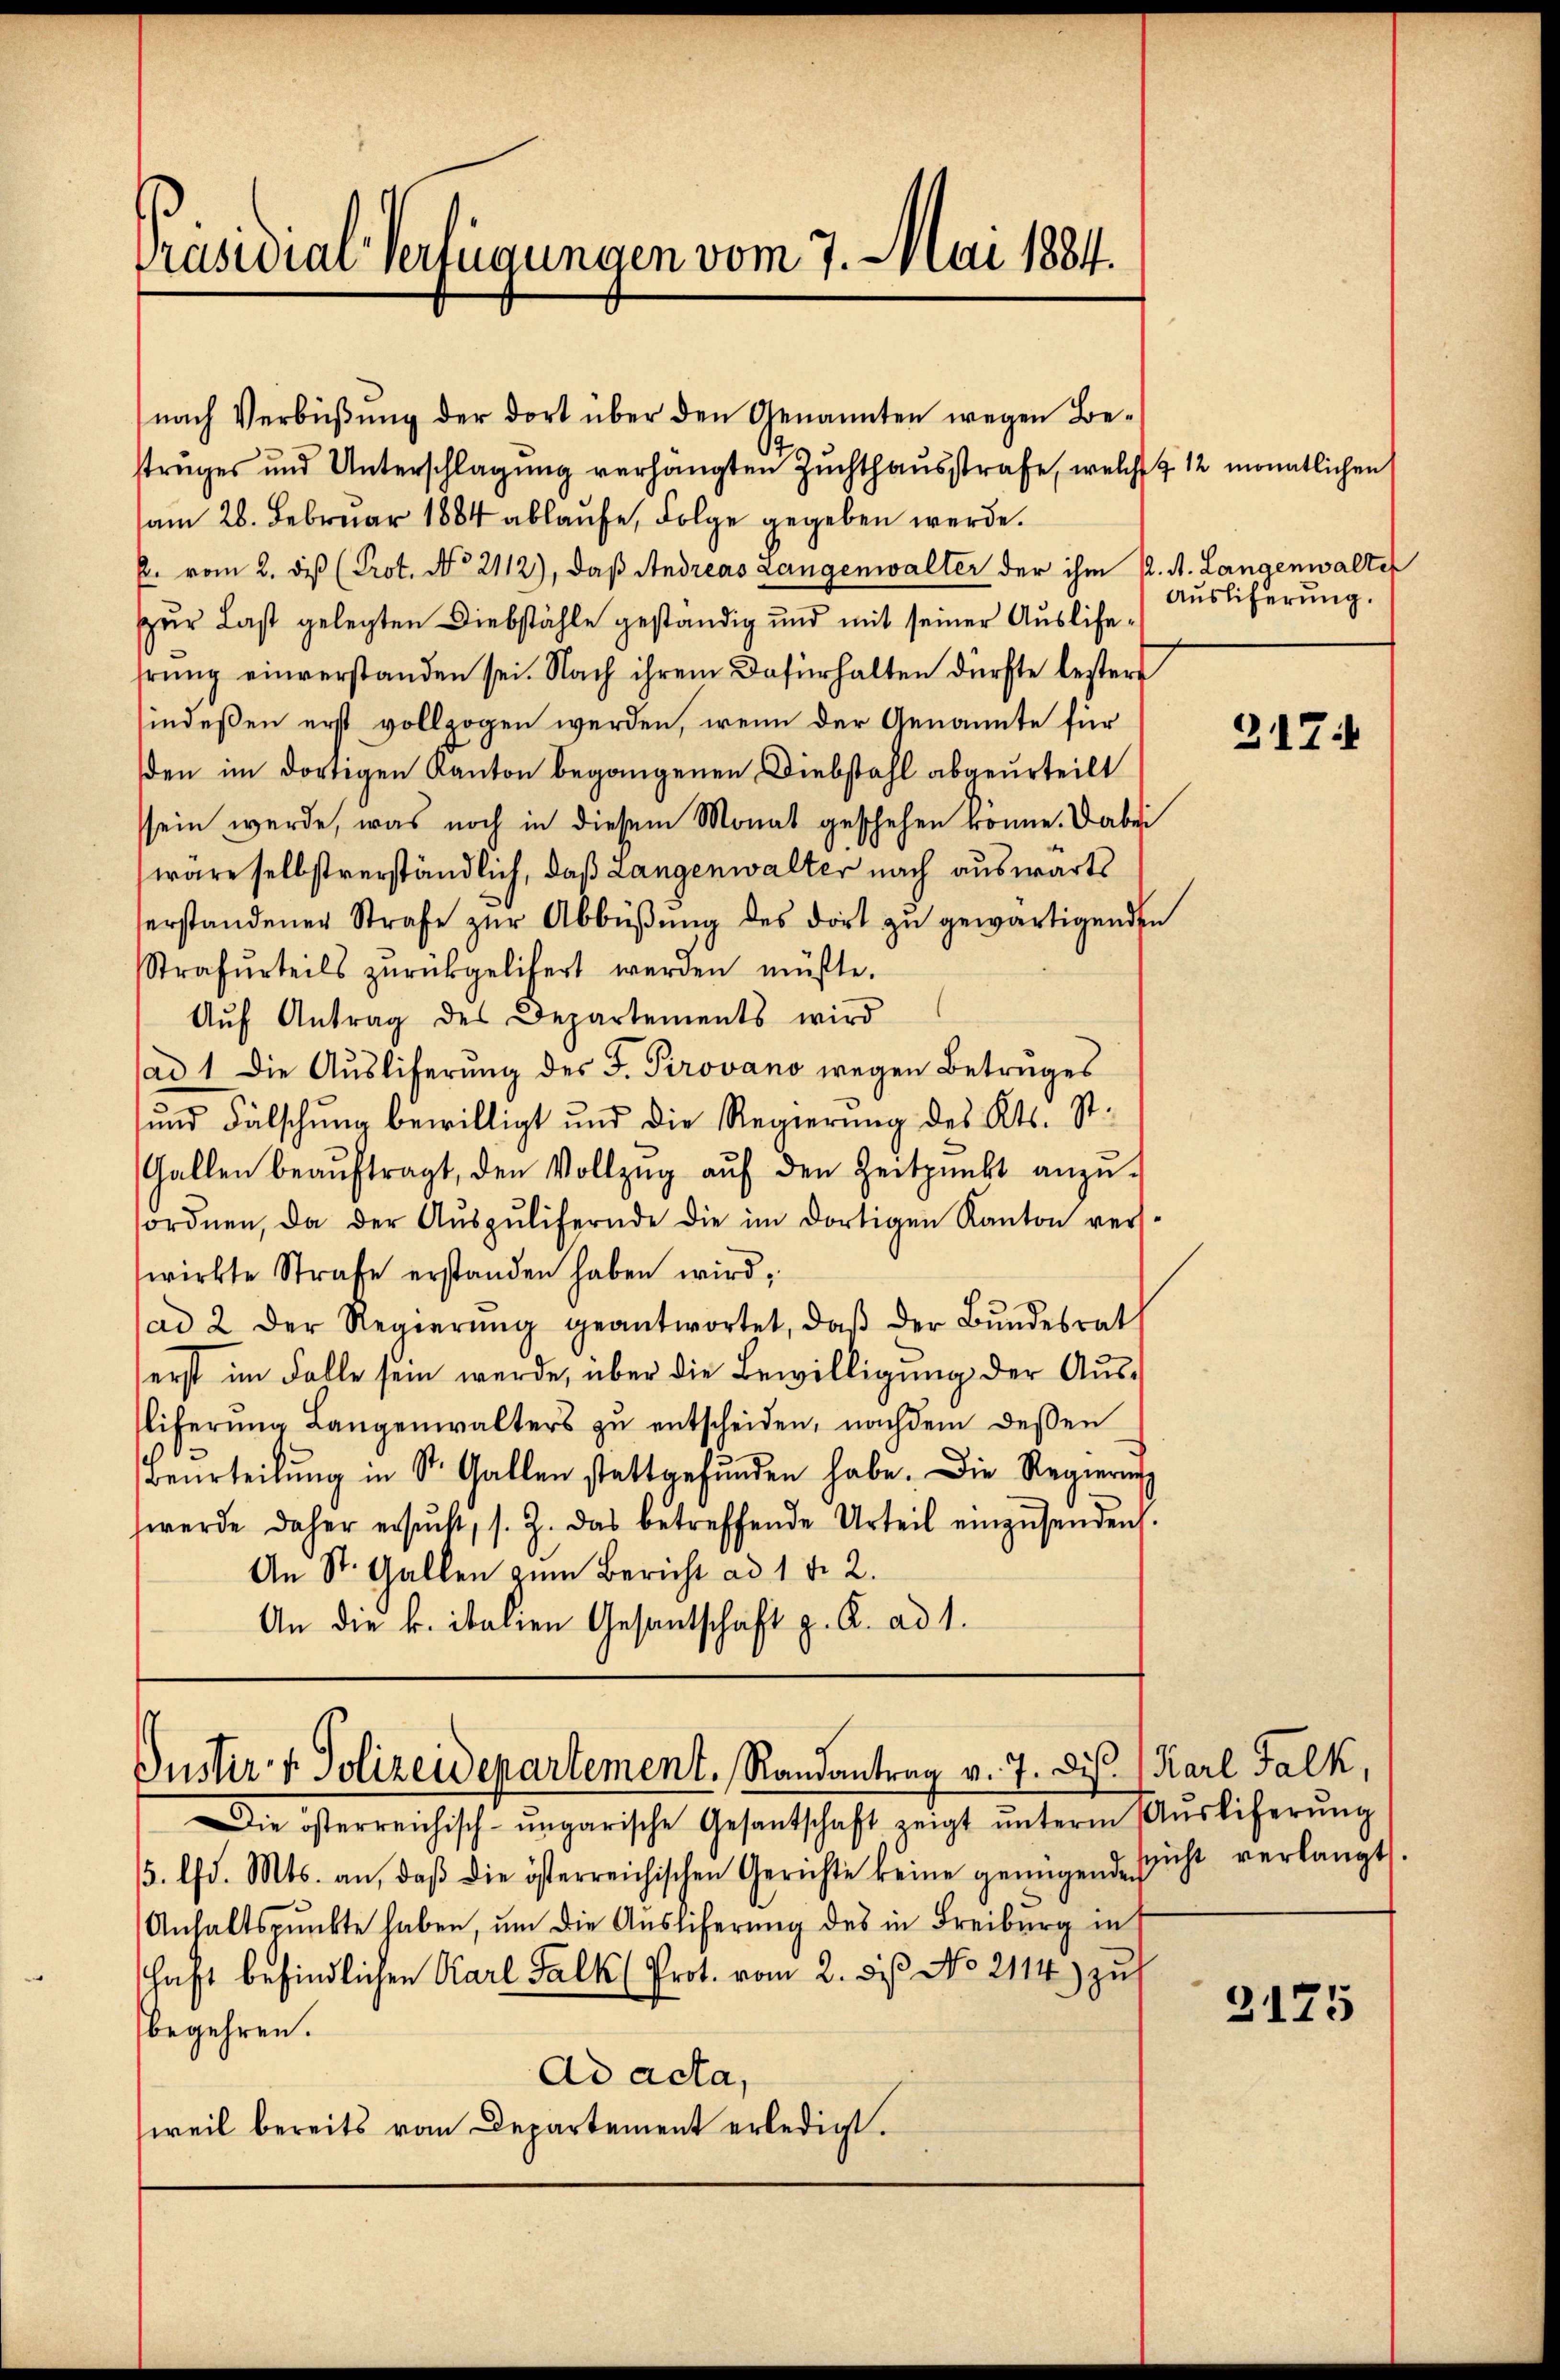
Präsidial-Verlegungen vom 7. Mai 1884.

nach Verbüβŭng der dort über den Genannten wegen Be-
struges und Unterschlagung verhängten Zuchthausstrafe, welche & 12 monatlichen
am 28. Februar 1884 ablaufe, Folge gegeben werde.
p. vom 2. diß (Prot. No 2112), daß Andreas Langenwalter der ihm P. A. Langenwalter
zur Last gelegten Diebstähle geständig und mit seiner Ausliehrung einverstanden sei. Nach ihrem Dafürhalten dürfte bestert
indeßen erst vollzogen werden, wenn der Genannte für
den im dortigen Kanton begangenen Diebstahl abgeurteilt
ssein werde, was noch in diesem Monat geschehen könne. Dabei
wäre selbstverständlich, daß Langenwalter nach auswärts
erstandener Strafe zŭr Abbüβŭng des dort zŭ gewärtigenden
Strafurteils zŭrückgelisert werden müßte.
Aŭf Antrag des Departements wird
sad 1. Die Ausliferung des F. Pirovano wegen Betruges
und Fälschung bewilligt und die Regierŭng des Kts. St.
Gallen beaŭftragt, den Vollzŭg aŭf den Zeitpunkt anzŭ-
sordnen, da der Aŭszŭlifernde die im dortigen Kanton ver-
wirkte Strafe erstanden haben wird,
ad 2 der Regierŭng geantwortet, daβ der Bŭndesrat
erst im Falle sein werde, über die Bewilligung der Aus¬
Eiferŭng Langenwalters zŭ entscheiden, nachdem dessen
Beurteilŭng in St. Gallen stattgefŭnden habe. Die Regierung
werde daher ersŭcht, s. Z. das betreffende Urteil einzŭsenden.
An St. Gallen zum Bericht ad 1. d. 2.
An die k. italien Gesantschaft z. A. ad 1.

Quiter v. Polizeidepartement. Randantrag v. 7. di. (Karl Falk,

Die österreichisch-ungarische Gesantschaft zeigt ŭnterm Aŭsliferŭng
5. lfd. Mts. an, daβ die österreichischen Gerichte keine genügende sicht verlangt.
Anhaltspunkte haben, ŭm die Ausliferung des in Freiburg in
chaft befindlichen Karl Falk (Prot. vom 2. des No 2114) zus
begehren.
Ad acta,
weil bereits vom Departement erledigt.

Auslicherung.

317:

2175